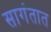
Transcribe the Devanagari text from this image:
सागंतात